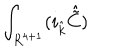
LaTeX: \int _ { R ^ { 4 + 1 } } ( i _ { \hat { k } } { \hat { \tilde { C } } } )